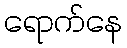
ရောက်နေ